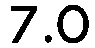
7.0